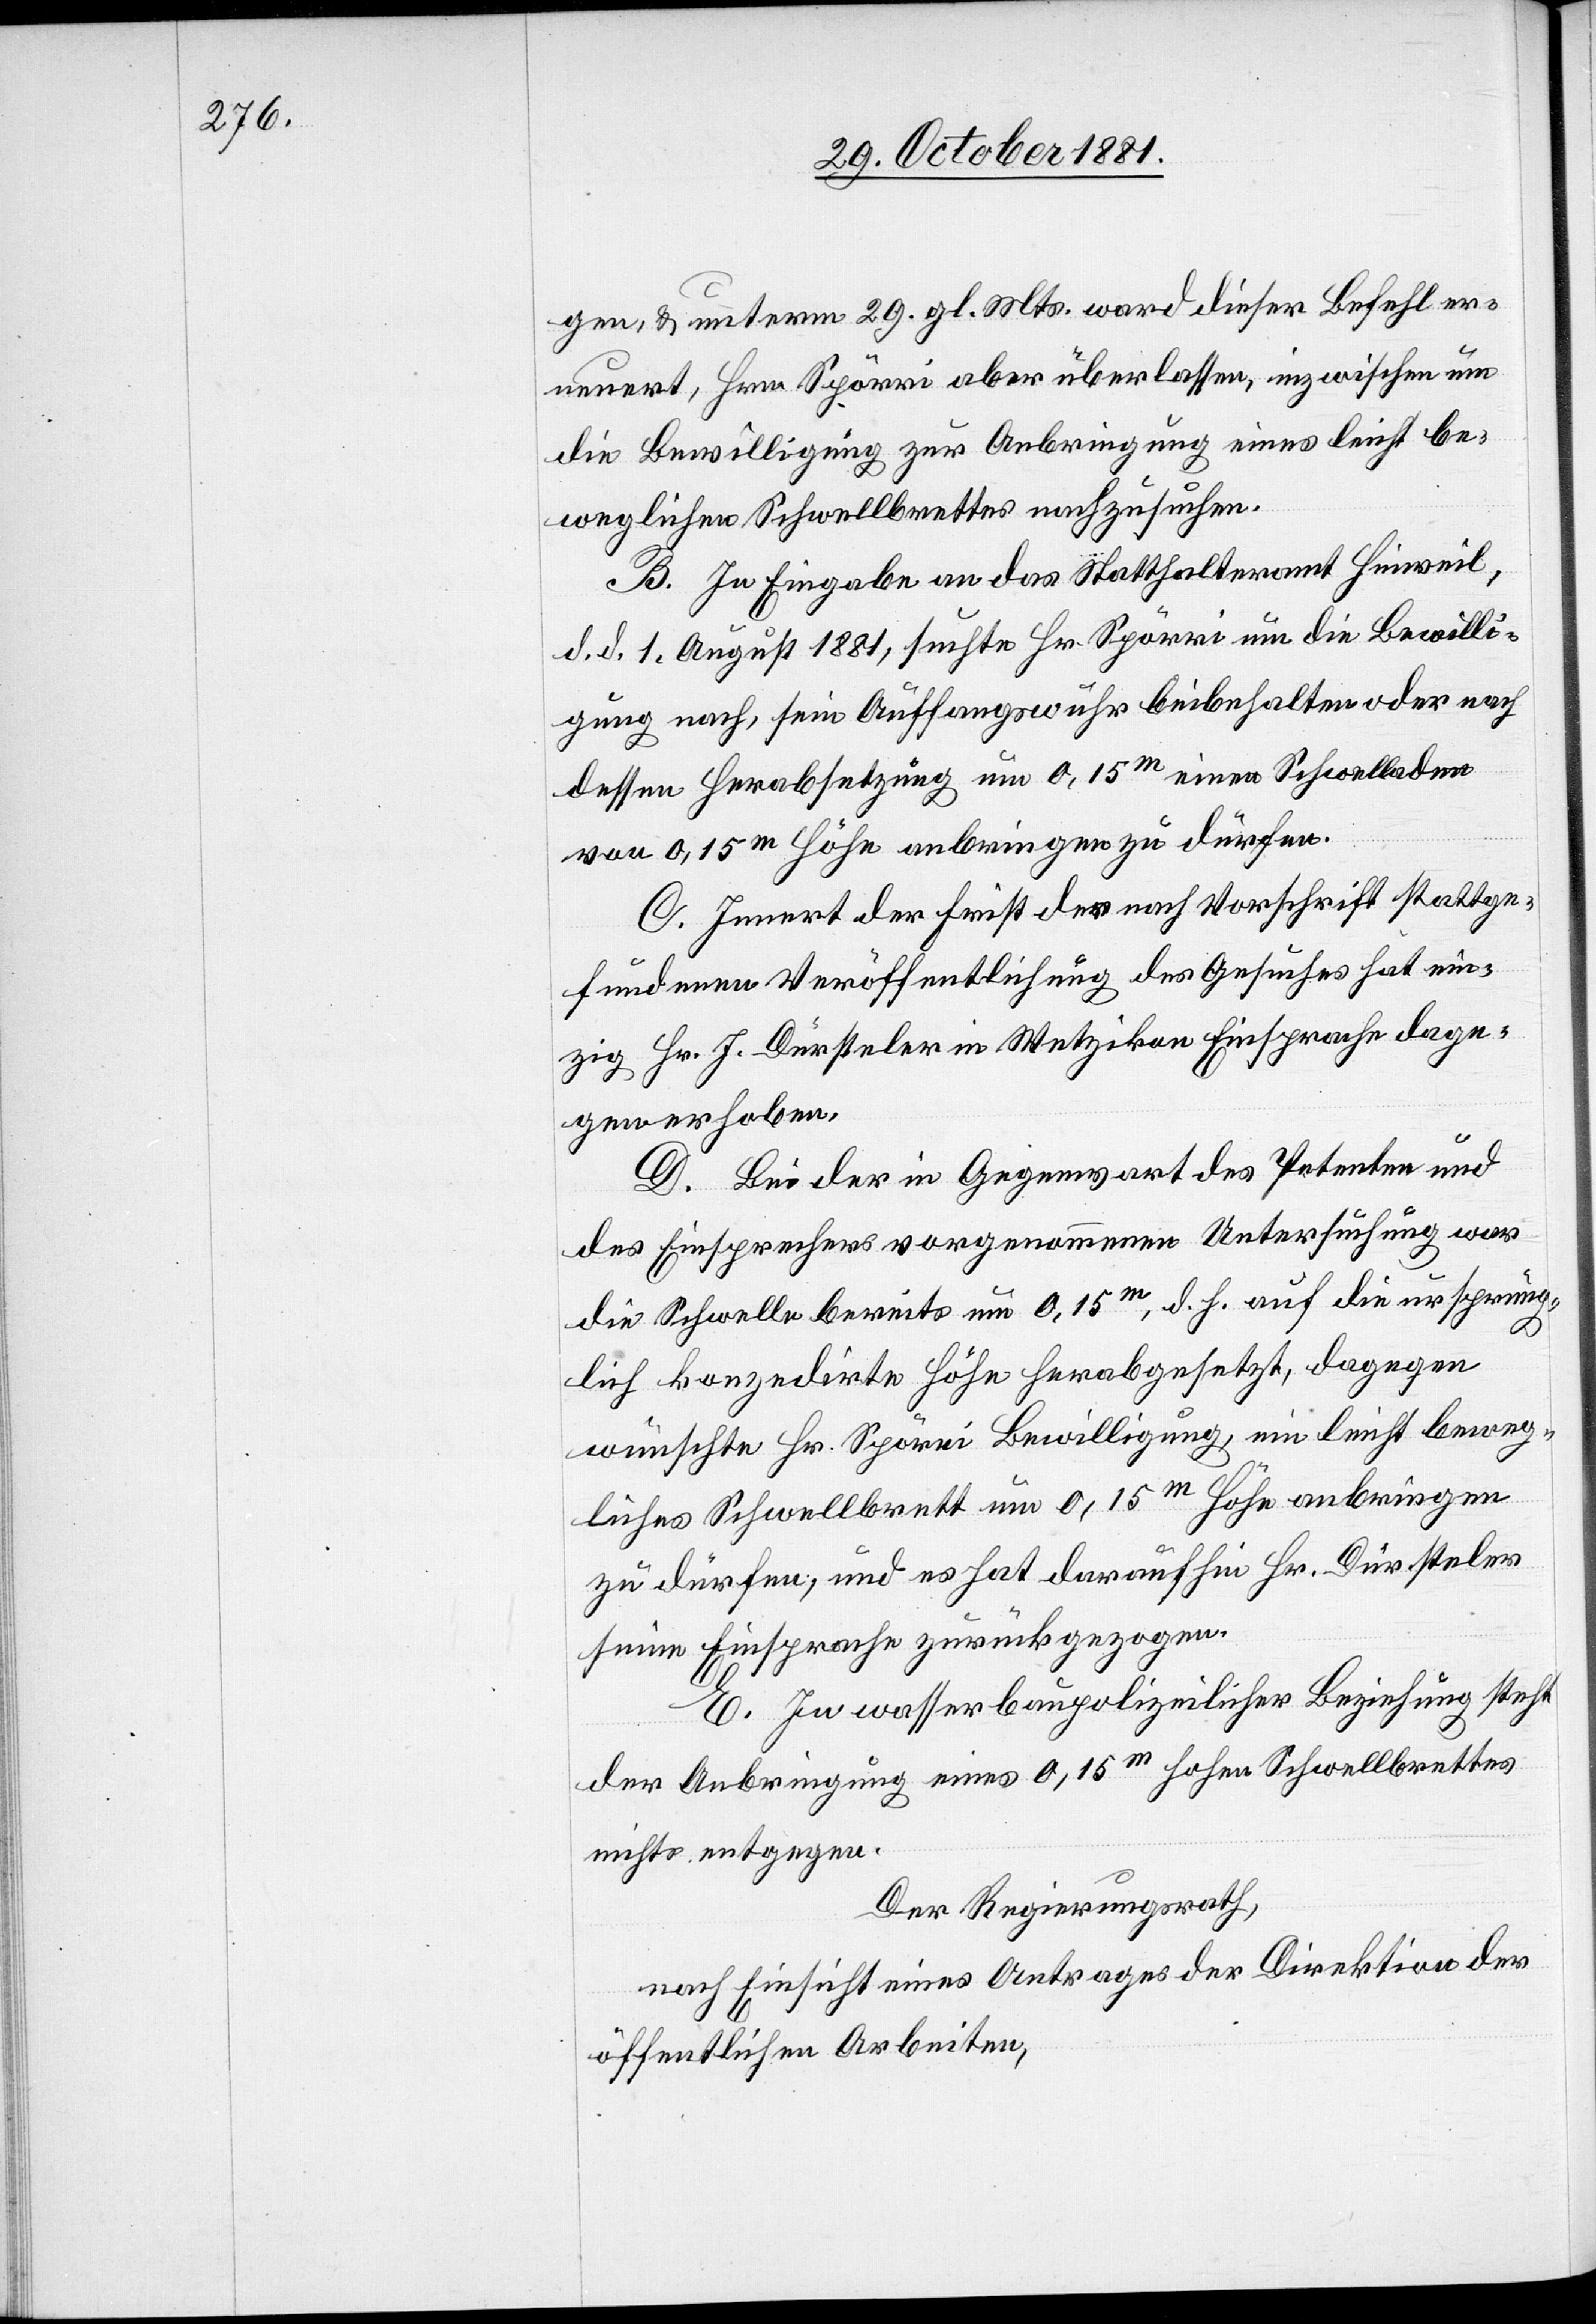
gen, & unterm 29. gl. Mts. ward dieser Befehl er¬
neuert, Hrn. Spörri aber überlassen, inzwischen um
die Bewilligung zur Anbringung eines leicht be¬
weglichen Schwellbrettes nachzusuchen.
B. In Eingabe an das Statthalteramt Hinweil,
d. d. 1. August 1881, suchte Hr. Spörri um die Bewilli¬
gung nach, sein Auffangswuhr beibehalten oder nach
dessen Herabsetzung um 0,15m einen Schwelladen
von 0,15m Höhe anbringen zu dürfen.
C. Innert der Frist der nach Vorschrift stattge¬
fundenen Veröffentlichung des Gesuches hat ein¬
zig Hr. J. Dürsteler in Wetzikon Einsprache dage¬
gen erhoben.
D. Bei der in Gegenwart des Petenten und
des Einsprechers vorgenommenen Untersuchung war
die Schwelle bereits um 0,15m, d. h. auf die ursprüng¬
lich konzedirte Höhe herabgesetzt, dagegen
wünschte Hr. Spörri Bewilligung, ein leicht beweg¬
liches Schwellbrett um 0,15m Höhe anbringen
zu dürfen, und es hat daraufhin Hr. Dürsteler
seine Einsprache zurückgezogen.
E. In wasserbaupolizeilicher Beziehung steht
der Anbringung eines 0,15m hohen Schwellbrettes
nichts entgegen.
Der Regierungsrath,
nach Einsicht eines Antrages der Direktion der
öffentlichen Arbeiten,